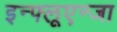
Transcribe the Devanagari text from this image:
इन्फ्लूएन्जा